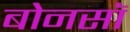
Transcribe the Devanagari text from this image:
बोनसॉ